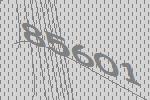
85601